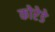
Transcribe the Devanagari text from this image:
कोरेडे